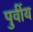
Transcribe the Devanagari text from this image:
पुर्वीय